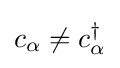
c_{\alpha }\neq c_{\alpha }^{\dagger }